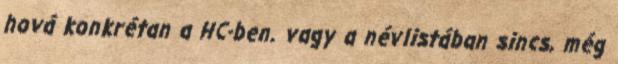
hová konkrétan a HC-ben. vagy a névlistában sincs, még